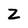
Character: Z